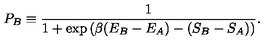
P _ { B } \equiv { \frac { 1 } { 1 + \exp \left( \beta ( E _ { B } - E _ { A } ) - ( S _ { B } - S _ { A } ) \right) } } .